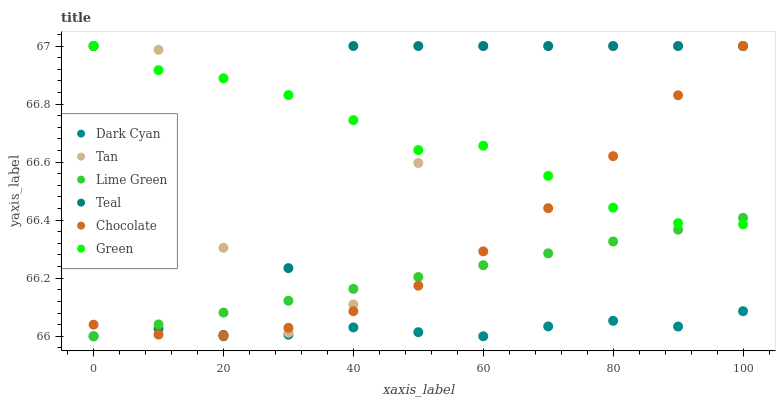
| xaxis_label | Dark Cyan | Tan | Lime Green | Teal | Chocolate | Green |
 | --- | --- | --- | --- | --- | --- | --- |
 | 0 | 66 | 67 | 66 | 67 | 66 | 67 |
 | 10 | 66 | 67 | 66 | 66.4 | 66 | 66.9 |
 | 20 | 66 | 66.3 | 66.1 | 66 | 66 | 66.9 |
 | 30 | 66 | 66 | 66.1 | 66.2 | 66 | 66.8 |
 | 40 | 66 | 66.1 | 66.2 | 67 | 66.1 | 66.7 |
 | 50 | 66 | 66.6 | 66.2 | 67 | 66.2 | 66.6 |
 | 60 | 66 | 67 | 66.2 | 67 | 66.3 | 66.7 |
 | 70 | 66 | 67 | 66.3 | 67 | 66.4 | 66.6 |
 | 80 | 66.1 | 67 | 66.3 | 67 | 66.6 | 66.4 |
 | 90 | 66 | 67 | 66.4 | 67 | 66.8 | 66.4 |
 | 100 | 66.1 | 67 | 66.4 | 67 | 67 | 66.4 |